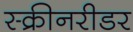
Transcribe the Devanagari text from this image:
स्क्रीनरीडर